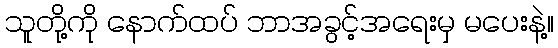
သူတို့ကို နောက်ထပ် ဘာအခွင့်အရေးမှ မပေးနဲ့။